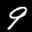
Label: 9